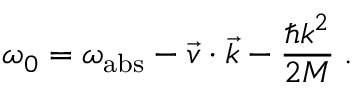
\omega _ { 0 } = \omega _ { \mathrm { a b s } } - \vec { v } \cdot \vec { k } - \frac { \hbar k ^ { 2 } } { 2 M } \; .